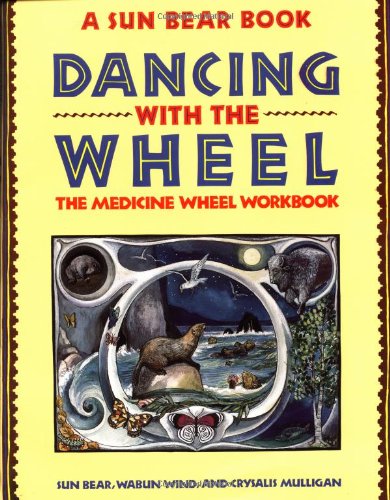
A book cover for Dancing with the Wheel: The Medicine Wheel Workbook; Sun Bear; History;